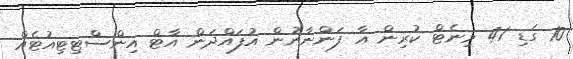
10 ގަޑި 41 މިނެޓް ކުރިން އާ ފަންނާނުން އުފައްދަން އާޓް އިންސްޓިޓިއުޓެއް